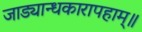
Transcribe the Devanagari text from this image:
जाड्यान्धकारापहाम्‌॥